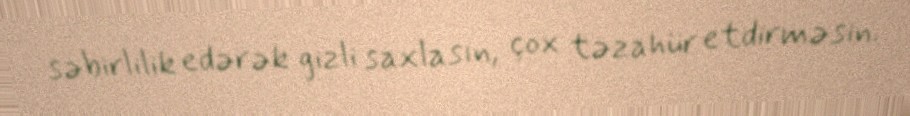
səbirlilik edərək gizli saxlasın, çox təzahür etdirməsin.